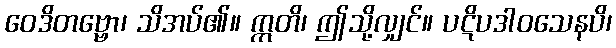
ဝေဒိတဗ္ဗော၊ သိအပ်၏။ ဣတိ၊ ဤသို့လျှင်။ ပဋိပဒါဝသေနပိ၊